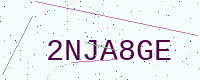
Text: 2NJA8GE